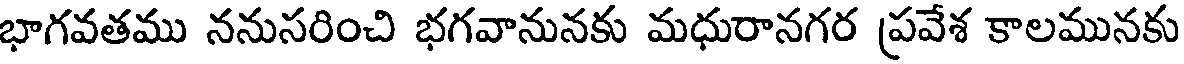
భాగవతము ననుసరించి భగవానునకు మధురానగర ప్రవేశ కాలమునకు